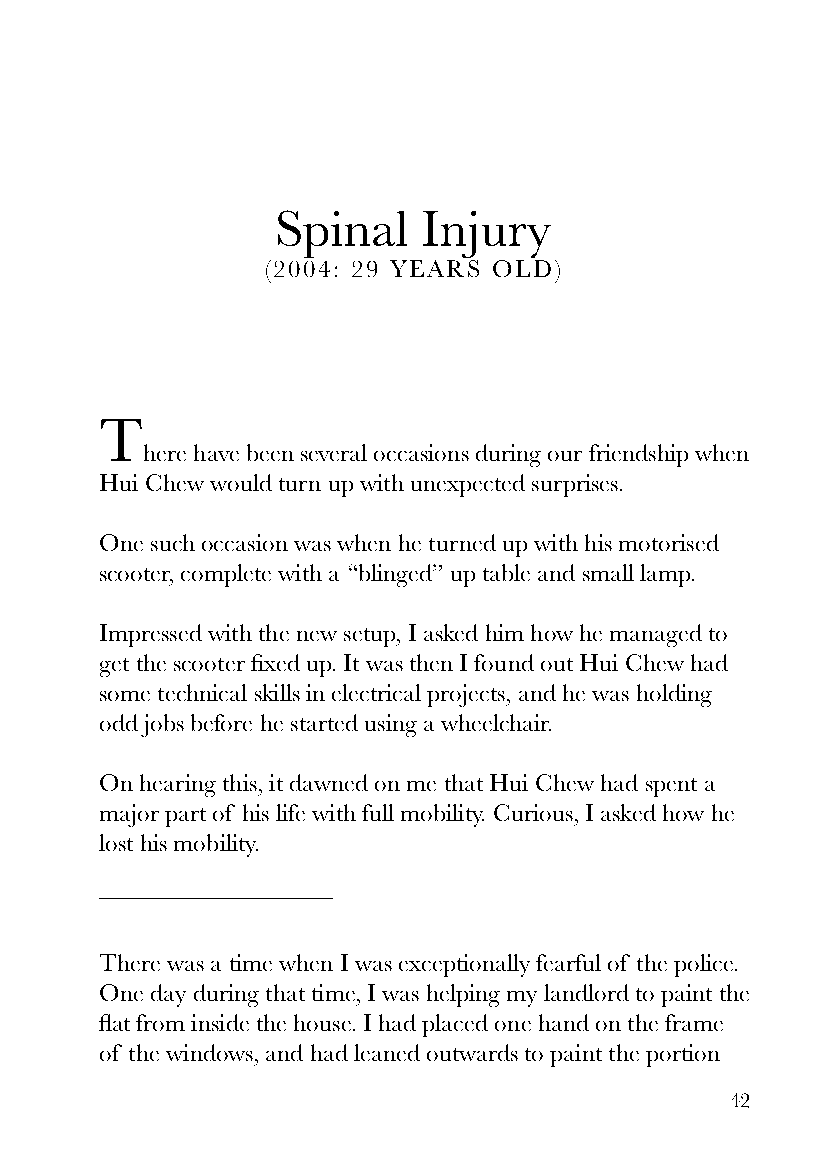
Spinal    Injury
 (2004: 29 YEARS OLD)
 T
 here have been several occasions during our friendship when
 Hui Chew would turn up with unexpected surprises.
 One such occasion was when he turned up with his motorised
 scooter, complete with a “blinged” up table and small lamp.
 Impressed with the new setup, I asked him how he managed to
 get the scooter fixed up. It was then I found out Hui Chew had
 some technical skills in electrical projects, and he was holding
 odd jobs before he started using a wheelchair.
 On hearing this, it dawned on me that Hui Chew had spent a
 major part of his life with full mobility. Curious, I asked how he
 lost his mobility.
 There was a time when I was exceptionally fearful of the police.
 One day during that time, I was helping my landlord to paint the
 flat from inside the house. I had placed one hand on the frame
 of the windows, and had leaned outwards to paint the portion
 42